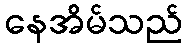
နေအိမ်သည်